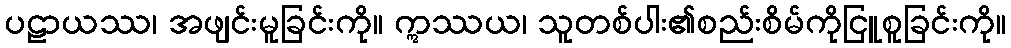
ပဠာယဿ၊ အဖျင်းမူခြင်းကို။ ဣဿယ၊ သူတစ်ပါး၏စည်းစိမ်ကိုငြူစူခြင်းကို။